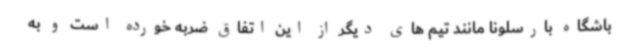
باشگاه بارسلونا مانند تیم های دیگر از این اتفاق ضربه خورده است و به